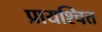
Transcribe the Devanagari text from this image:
प्रायश्‍चित्त